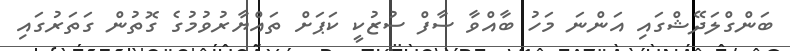
ބަންގްލަދޭޝްގައި އަންނަ މަހު ބާއްވާ ސާފް ސުޒުކީ ކަޕަށް ތައްޔާރުވުމުގެ ގޮތުން ގަތަރުގައި